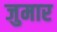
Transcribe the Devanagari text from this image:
जुमार